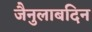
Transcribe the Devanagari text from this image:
जैनुलाबदिन